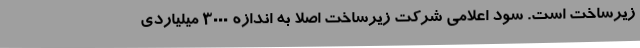
زیرساخت است. سود اعلامی شرکت زیرساخت اصلا به اندازه ۳۰۰۰ میلیاردی